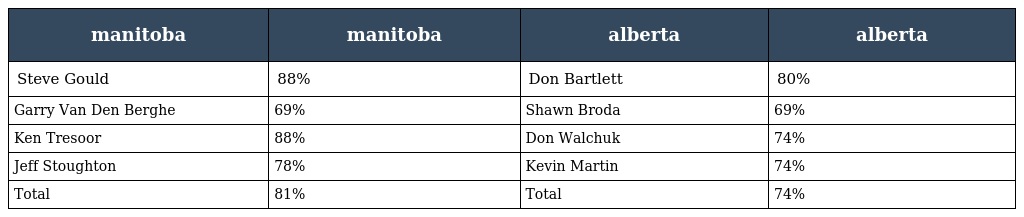
| manitoba | manitoba | alberta | alberta |
 | --- | --- | --- | --- |
 | Steve Gould | 88% | Don Bartlett | 80% |
 | Garry Van Den Berghe | 69% | Shawn Broda | 69% |
 | Ken Tresoor | 88% | Don Walchuk | 74% |
 | Jeff Stoughton | 78% | Kevin Martin | 74% |
 | Total | 81% | Total | 74% |